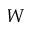
W